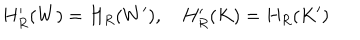
H _ { R } ^ { \prime } ( W ) = H _ { R } ( W ^ { \prime } ) , \quad H _ { R } ^ { \prime } ( K ) = H _ { R } ( K ^ { \prime } )